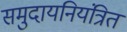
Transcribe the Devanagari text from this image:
समुदायनियंत्रित